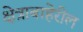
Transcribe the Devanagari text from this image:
क्षेत्राबाहेरील